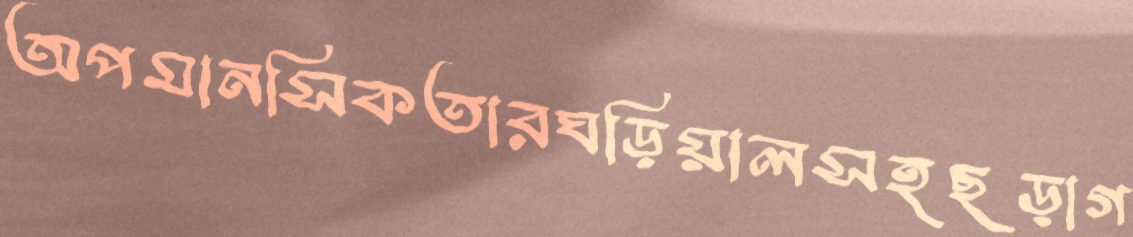
অপমানসিকতারঘড়িয়ালসহছড়াগ